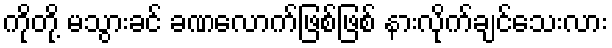
ကိုတို့ မသွားခင် ခဏလောက်ဖြစ်ဖြစ် နားလိုက်ချင်သေးလား